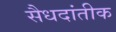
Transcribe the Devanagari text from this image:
सैधदांतीक